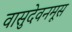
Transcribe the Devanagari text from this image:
वासुदेवनमूस